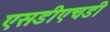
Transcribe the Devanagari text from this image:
एसडीएचडी